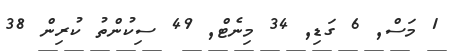
1 މަސް